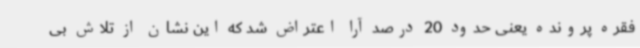
فقره پرونده یعنی حدود 20 درصد آرا اعتراض شد که این نشان از تلاش بی